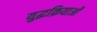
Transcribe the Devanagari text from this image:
युद्धक्रियाओं